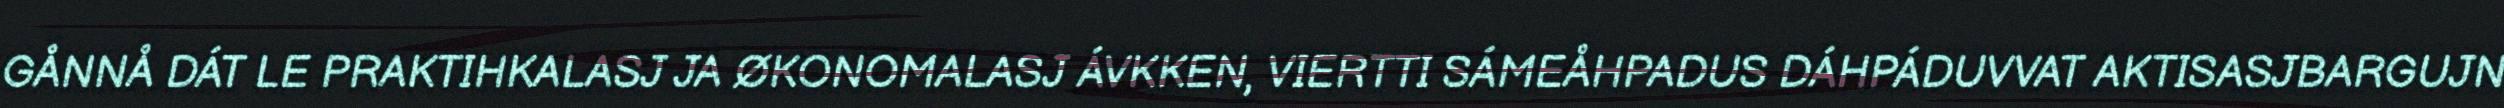
GÅNNÅ DÁT LE PRAKTIHKALASJ JA ØKONOMALASJ ÁVKKEN, VIERTTI SÁMEÅHPADUS DÁHPÁDUVVAT AKTISASJBARGUJN